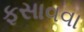
ફસાવવા